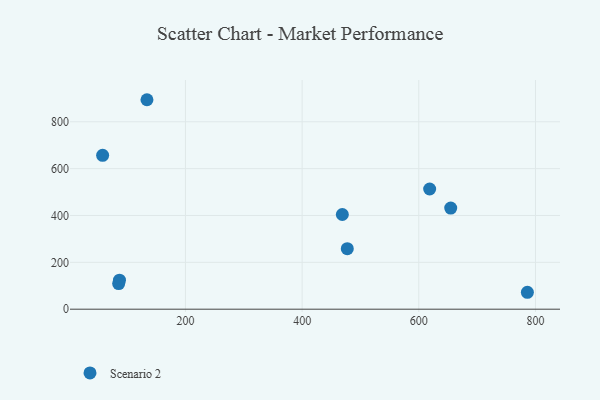
{"axis": {"x": "Engine Size", "y": "Salary"}, "legend": ["Scenario 2"], "data": [{"x": "58.0", "y": 656.9, "type": "Scenario 2"}, {"x": "468.9", "y": 404.1, "type": "Scenario 2"}, {"x": "786.1", "y": 72.2, "type": "Scenario 2"}, {"x": "134.0", "y": 894.1, "type": "Scenario 2"}, {"x": "86.9", "y": 123.7, "type": "Scenario 2"}, {"x": "477.4", "y": 258.2, "type": "Scenario 2"}, {"x": "654.7", "y": 431.6, "type": "Scenario 2"}, {"x": "618.6", "y": 513.1, "type": "Scenario 2"}, {"x": "85.5", "y": 109.2, "type": "Scenario 2"}]}